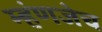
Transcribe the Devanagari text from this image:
म्हंणजेच